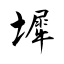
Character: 墀